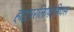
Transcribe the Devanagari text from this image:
हाइपरलिपिडेमियस